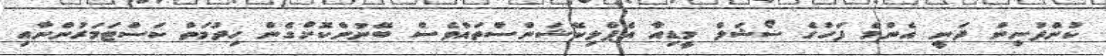
ކުންފުނިން ދަނީ އެންމެ ފަހުގެ ސޯޝަލް މީޑިއާ އެޕްލިކޭޝަންސްތައްވެސް ބޭނުންކޮށްގެން ހިދުމަތް ކަސްޓަމަރުންނާއި